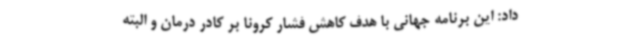
داد: این برنامه جهانی با هدف کاهش فشار کرونا بر کادر درمان و البته